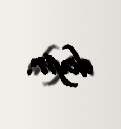
deyir.